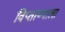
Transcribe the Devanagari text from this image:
विप्ताष्पाला